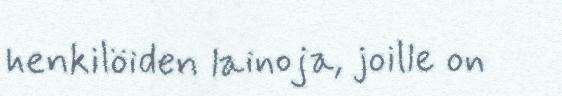
henkilöiden lainoja, joille on